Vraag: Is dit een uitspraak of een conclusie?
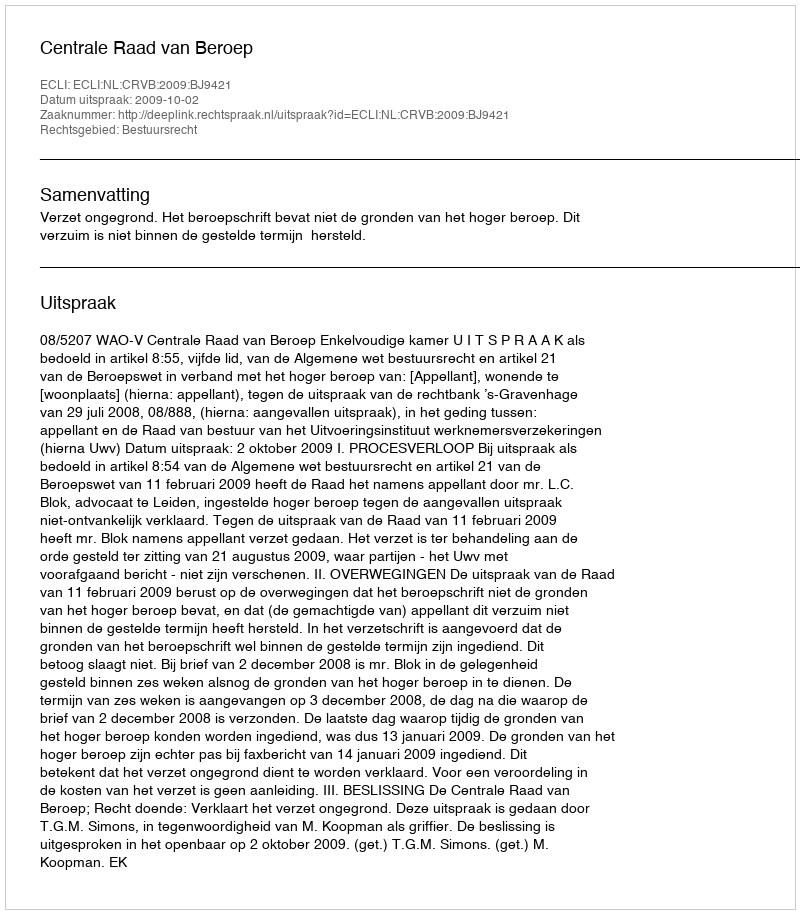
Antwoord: Uitspraak